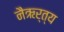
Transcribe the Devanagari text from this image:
नैऋर्त्य